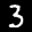
Label: 3